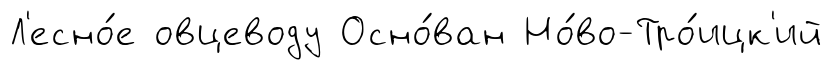
Л'есно́е овцеводу Осно́ван Но́во-Тро́ицк'ий